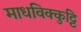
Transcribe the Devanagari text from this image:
माधविक्कुट्टि